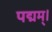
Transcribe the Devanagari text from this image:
पद्मम्।